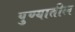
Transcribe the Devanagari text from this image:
पुण्‍यातील